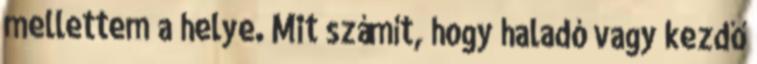
mellettem a helye. Mit számít, hogy haladó vagy kezdő